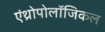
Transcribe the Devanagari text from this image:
एंथ्रोपोलॉजिकल